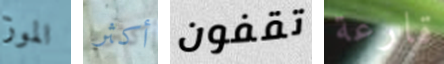
الموز أكثر تقفون قارعة